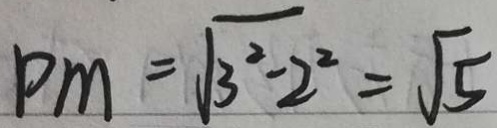
P M = \sqrt { 3 ^ { 2 } - 2 ^ { 2 } } = \sqrt { 5 }